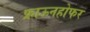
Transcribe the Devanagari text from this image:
फ्राऊनहोफर